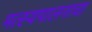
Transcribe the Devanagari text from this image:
मत्स्यपालनाचा